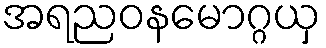
အရညဝနမောဂ္ဂယှ